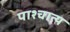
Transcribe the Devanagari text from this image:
पाश्‍चात्‍य